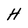
Character: H